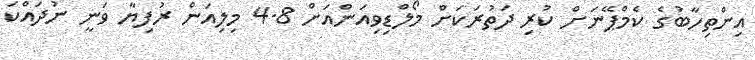
އިންތިހާބުގެ ކެމްޕޭނަށް ކުރި ދަތުރަކަށް މޯލްޑިވިއަންއަށް 4.8 މިލިއަން ރުފިޔާ ވަނީ ނުދައްކަ